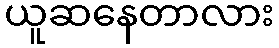
ယူဆနေတာလား